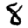
Digit: 8